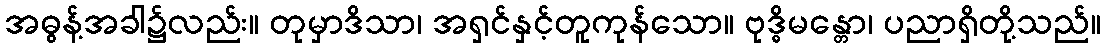
အဓွန့်အခါ၌လည်း။ တုမှာဒိသာ၊ အရှင်နှင့်တူကုန်သော။ ဗုဒ္ဓိမန္တော၊ ပညာရှိတို့သည်။